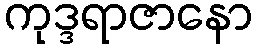
ကုဒ္ဒရာဇာနော